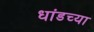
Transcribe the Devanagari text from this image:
धांडच्या